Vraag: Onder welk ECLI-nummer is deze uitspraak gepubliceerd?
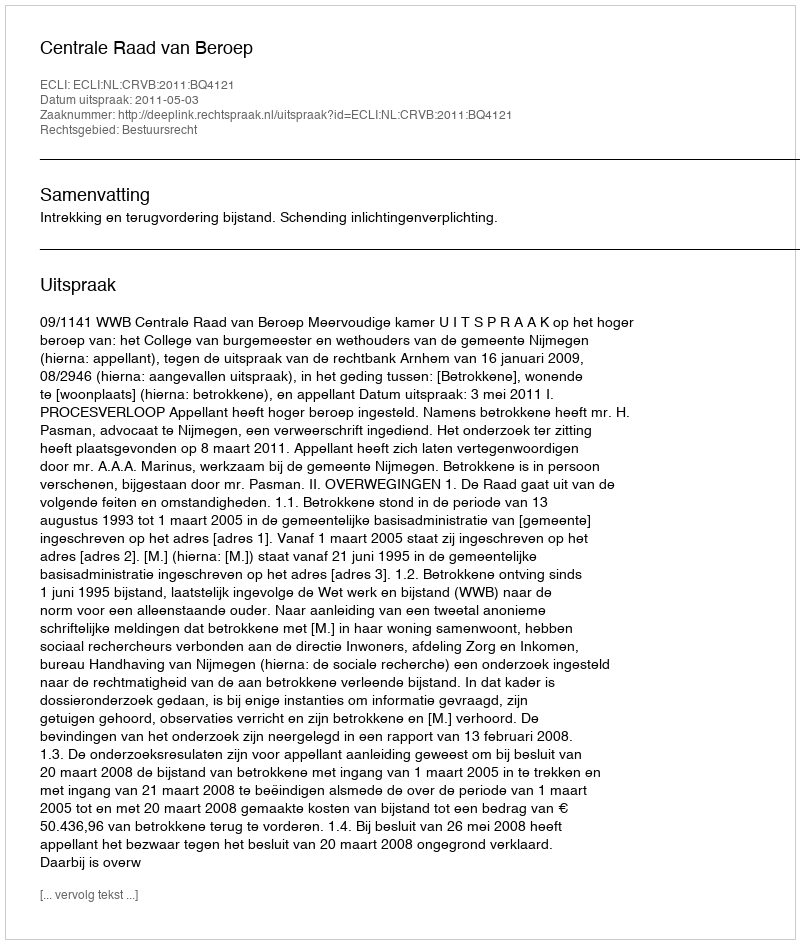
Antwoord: ECLI:NL:CRVB:2011:BQ4121